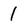
Character: 1